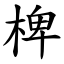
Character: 椑